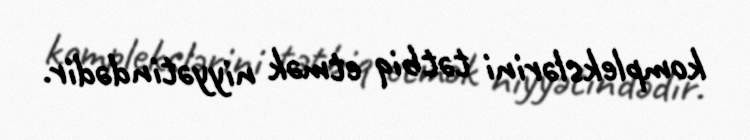
komplekslərini tətbiq etmək niyyətindədir.